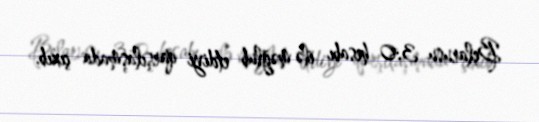
Belarusu 3:0 hesabı ilə məğlub etdiyi qarşılaşmada çıxıb.